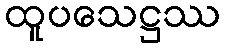
ထူပသေဋ္ဌဿ